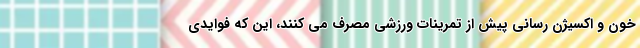
خون و اکسیژن رسانی پیش از تمرینات ورزشی مصرف می کنند، این که فوایدی